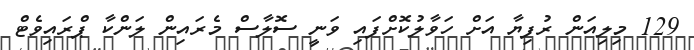
129 މިލިއަން ރުފިޔާ އަށް ހަވާލުކޮށްފައި ވަނީ ސޮލާސް މެރައިން ލަންކާ ޕްރައިވެޓް